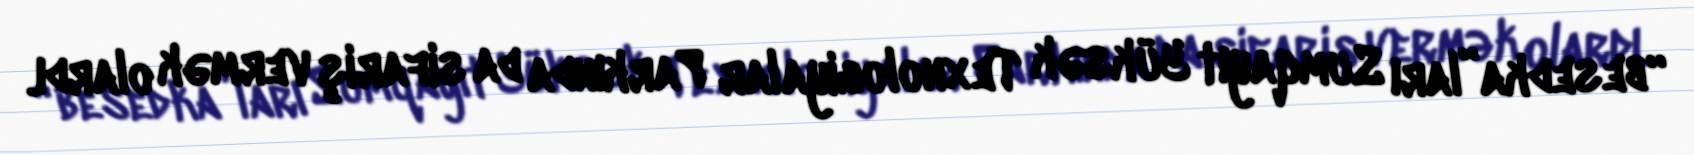
“besedka”ları Sumqayıt Yüksək Texnologiyalar Parkında da sifariş vermək olardı.